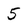
Character: 5